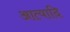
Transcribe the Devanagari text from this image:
आत्यादि